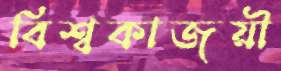
বিশ্বকাজয়ী